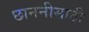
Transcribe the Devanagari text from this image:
छाननीसाठी